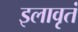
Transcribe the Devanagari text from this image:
इलावृतं